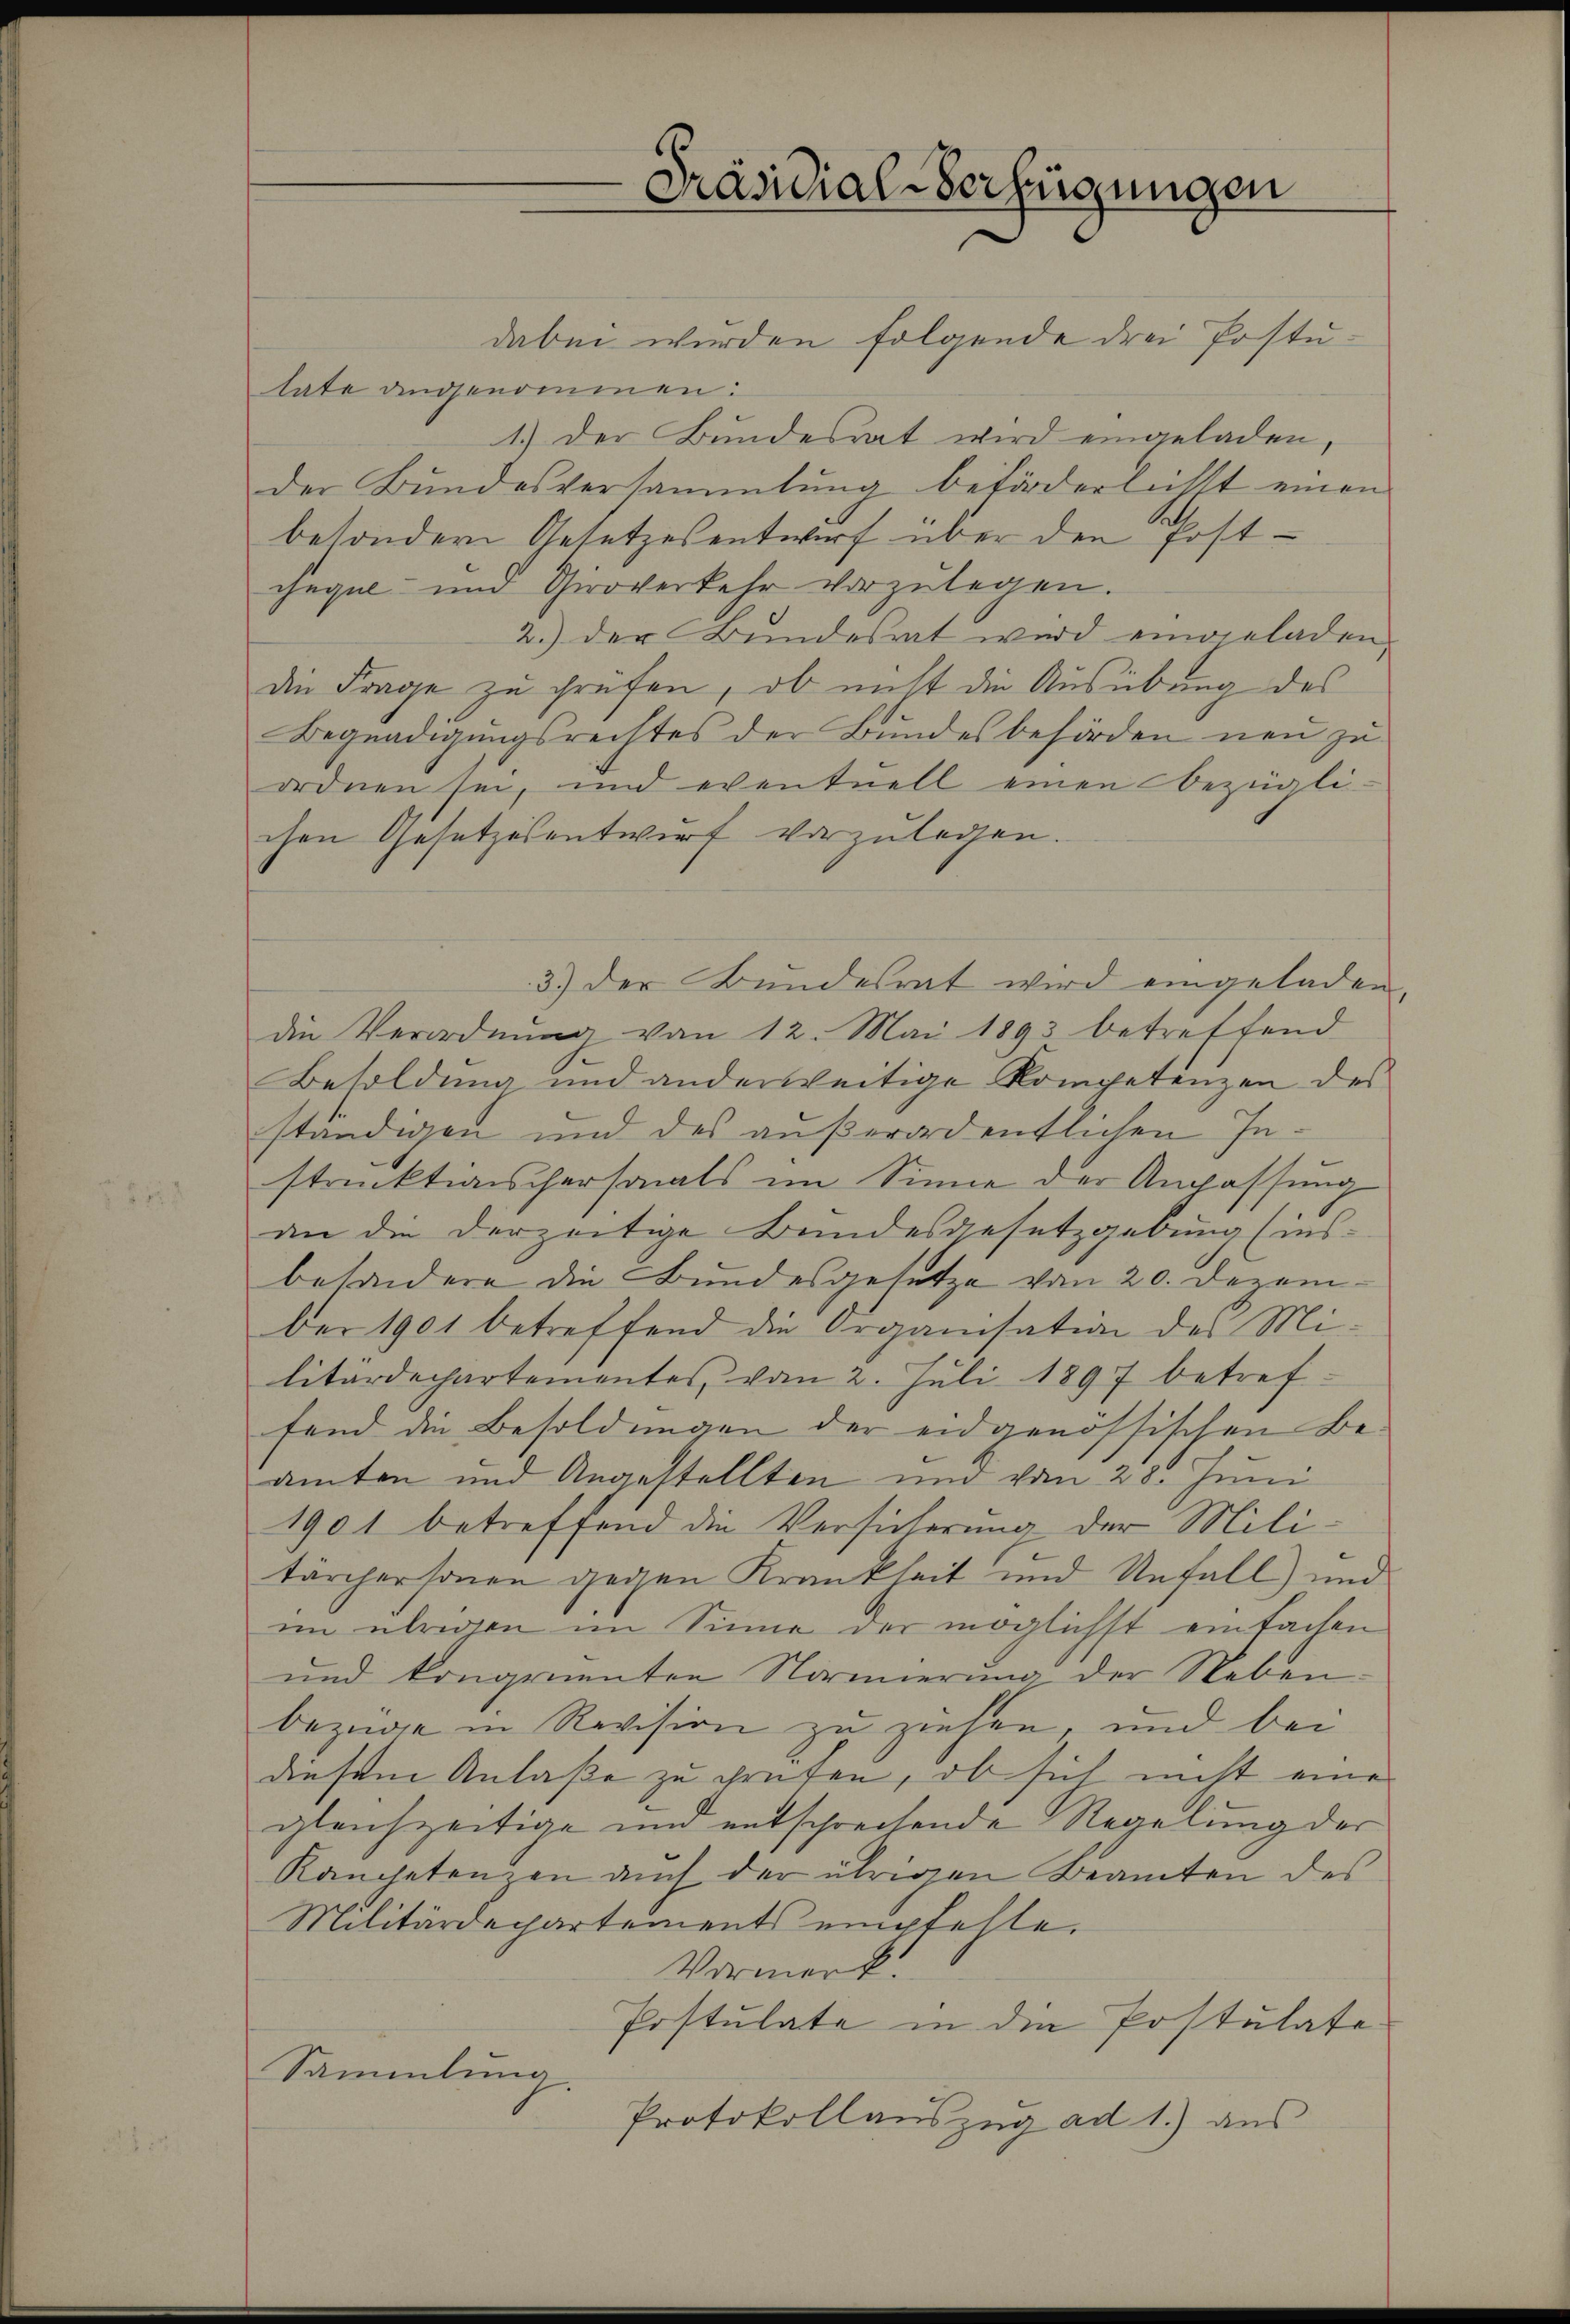
dabei wurden folgende drei Postu-
late angenommen:
1.) Der Bundesrat wird eingeladen,
der Bundesversammlung beförderlichst einen
besondern Gesetzesentwurf über den Post-
chegel- und Giroverkehr vorzulegen.
2.) der Bundesrat wird eingeladen,
die Frage zu prüfen, ob nicht die Ausübung des
Begnadigungsrechtes der Bundesbehörden neu zu
ordnen sei, und eventuell einen bezügli-
chen Gesetzesentwurf vorzulegen.
3) der Bundesrat wird eingeladen,
die Verordnŭng von 12. Mai 1893 betreffend
Besoldung und anderweitige Kompetenzen des
ständigen und des außerordentlichen Instrecktiaischersonals im Sinne der Anpassung
an die derzeitige Bundesgesetzgebung (ins-
besondere die Bundesgesetze vom 20. Dezember 1901 betreffend die Organisation des Militardechartementes vom 2. Juli 1897 betreffend die Besoldungen der eidgenössischen Be-
amten und Angestellten und vom 28. Juni
1901 betreffend die Versicherung der Militärchersonen gegen Krankheit und Unfall) und
im übrigen im Sinne der möglichst einfachen
und kongruenten Normierung der Neben
bezüge in Revision zu ziehen, und bei
diesem Anlaße zu grüben, ob sich nicht eine
gleichzeitige und entschreitende Regelung der
Kanpetenzen auch der übrigen Beamten des
Militärdepartements empfehle.
Vormerk.
Erstulate in die Postulate
Sammlung.
Protokollauszug ad 1.) aus

Präsidial-Verfügungen